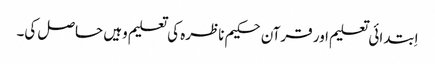
اِبتدائی تعلیم اور قرآن حکیم ناظرہ کی تعلیم وہیں حاصل کی۔